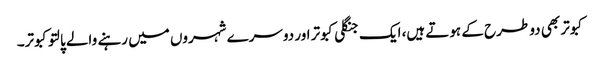
کبوتر بھی دو طرح کے ہوتے ہیں، ایک جنگلی کبوتر اور دوسرے شہروں میں رہنے والے پالتو کبوتر۔